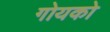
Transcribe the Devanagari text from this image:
गोयको